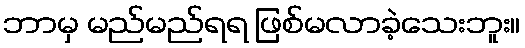
ဘာမှ မည်မည်ရရ ဖြစ်မလာခဲ့သေးဘူး။